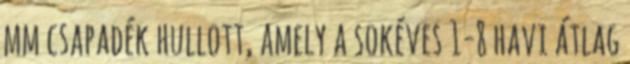
mm csapadék hullott, amely a sokéves 1-8 havi átlag